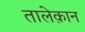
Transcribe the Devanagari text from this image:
तालेक़ान